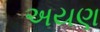
અયણ